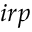
i r p